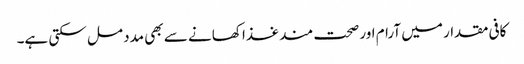
کافی مقدار میں آرام اور صحت مند غذا کھانے سے بھی مدد مل سکتی ہے۔